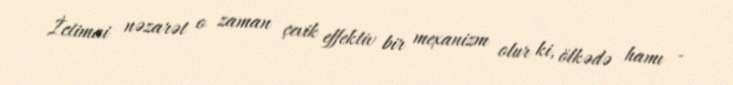
İctimai nəzarət o zaman çevik effektiv bir mexanizm olur ki, ölkədə hamı -